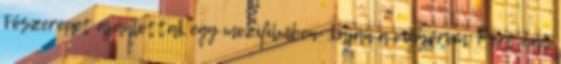
Főszerepet ajánlottak egy mozifilmben- kaján a vigyorom. Mert hát